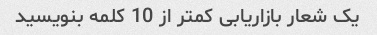
یک شعار بازاریابی کمتر از 10 کلمه بنویسید